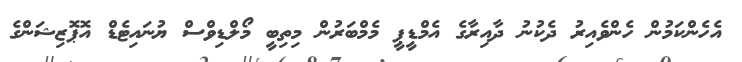
އެހެންކަމުން ހެންވެއިރު ދެކުނު ދާއިރާގެ އެމްޑީޕީ މެމްބަރުން މިތިބީ މޯލްޑިވްސް ޔުނައިޓެޑް އޮޕޮޒިޝަންގެ